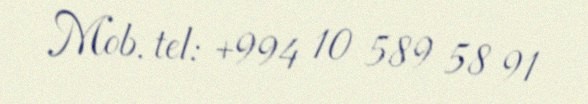
Mob. tel: +994 10 589 58 91